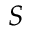
S